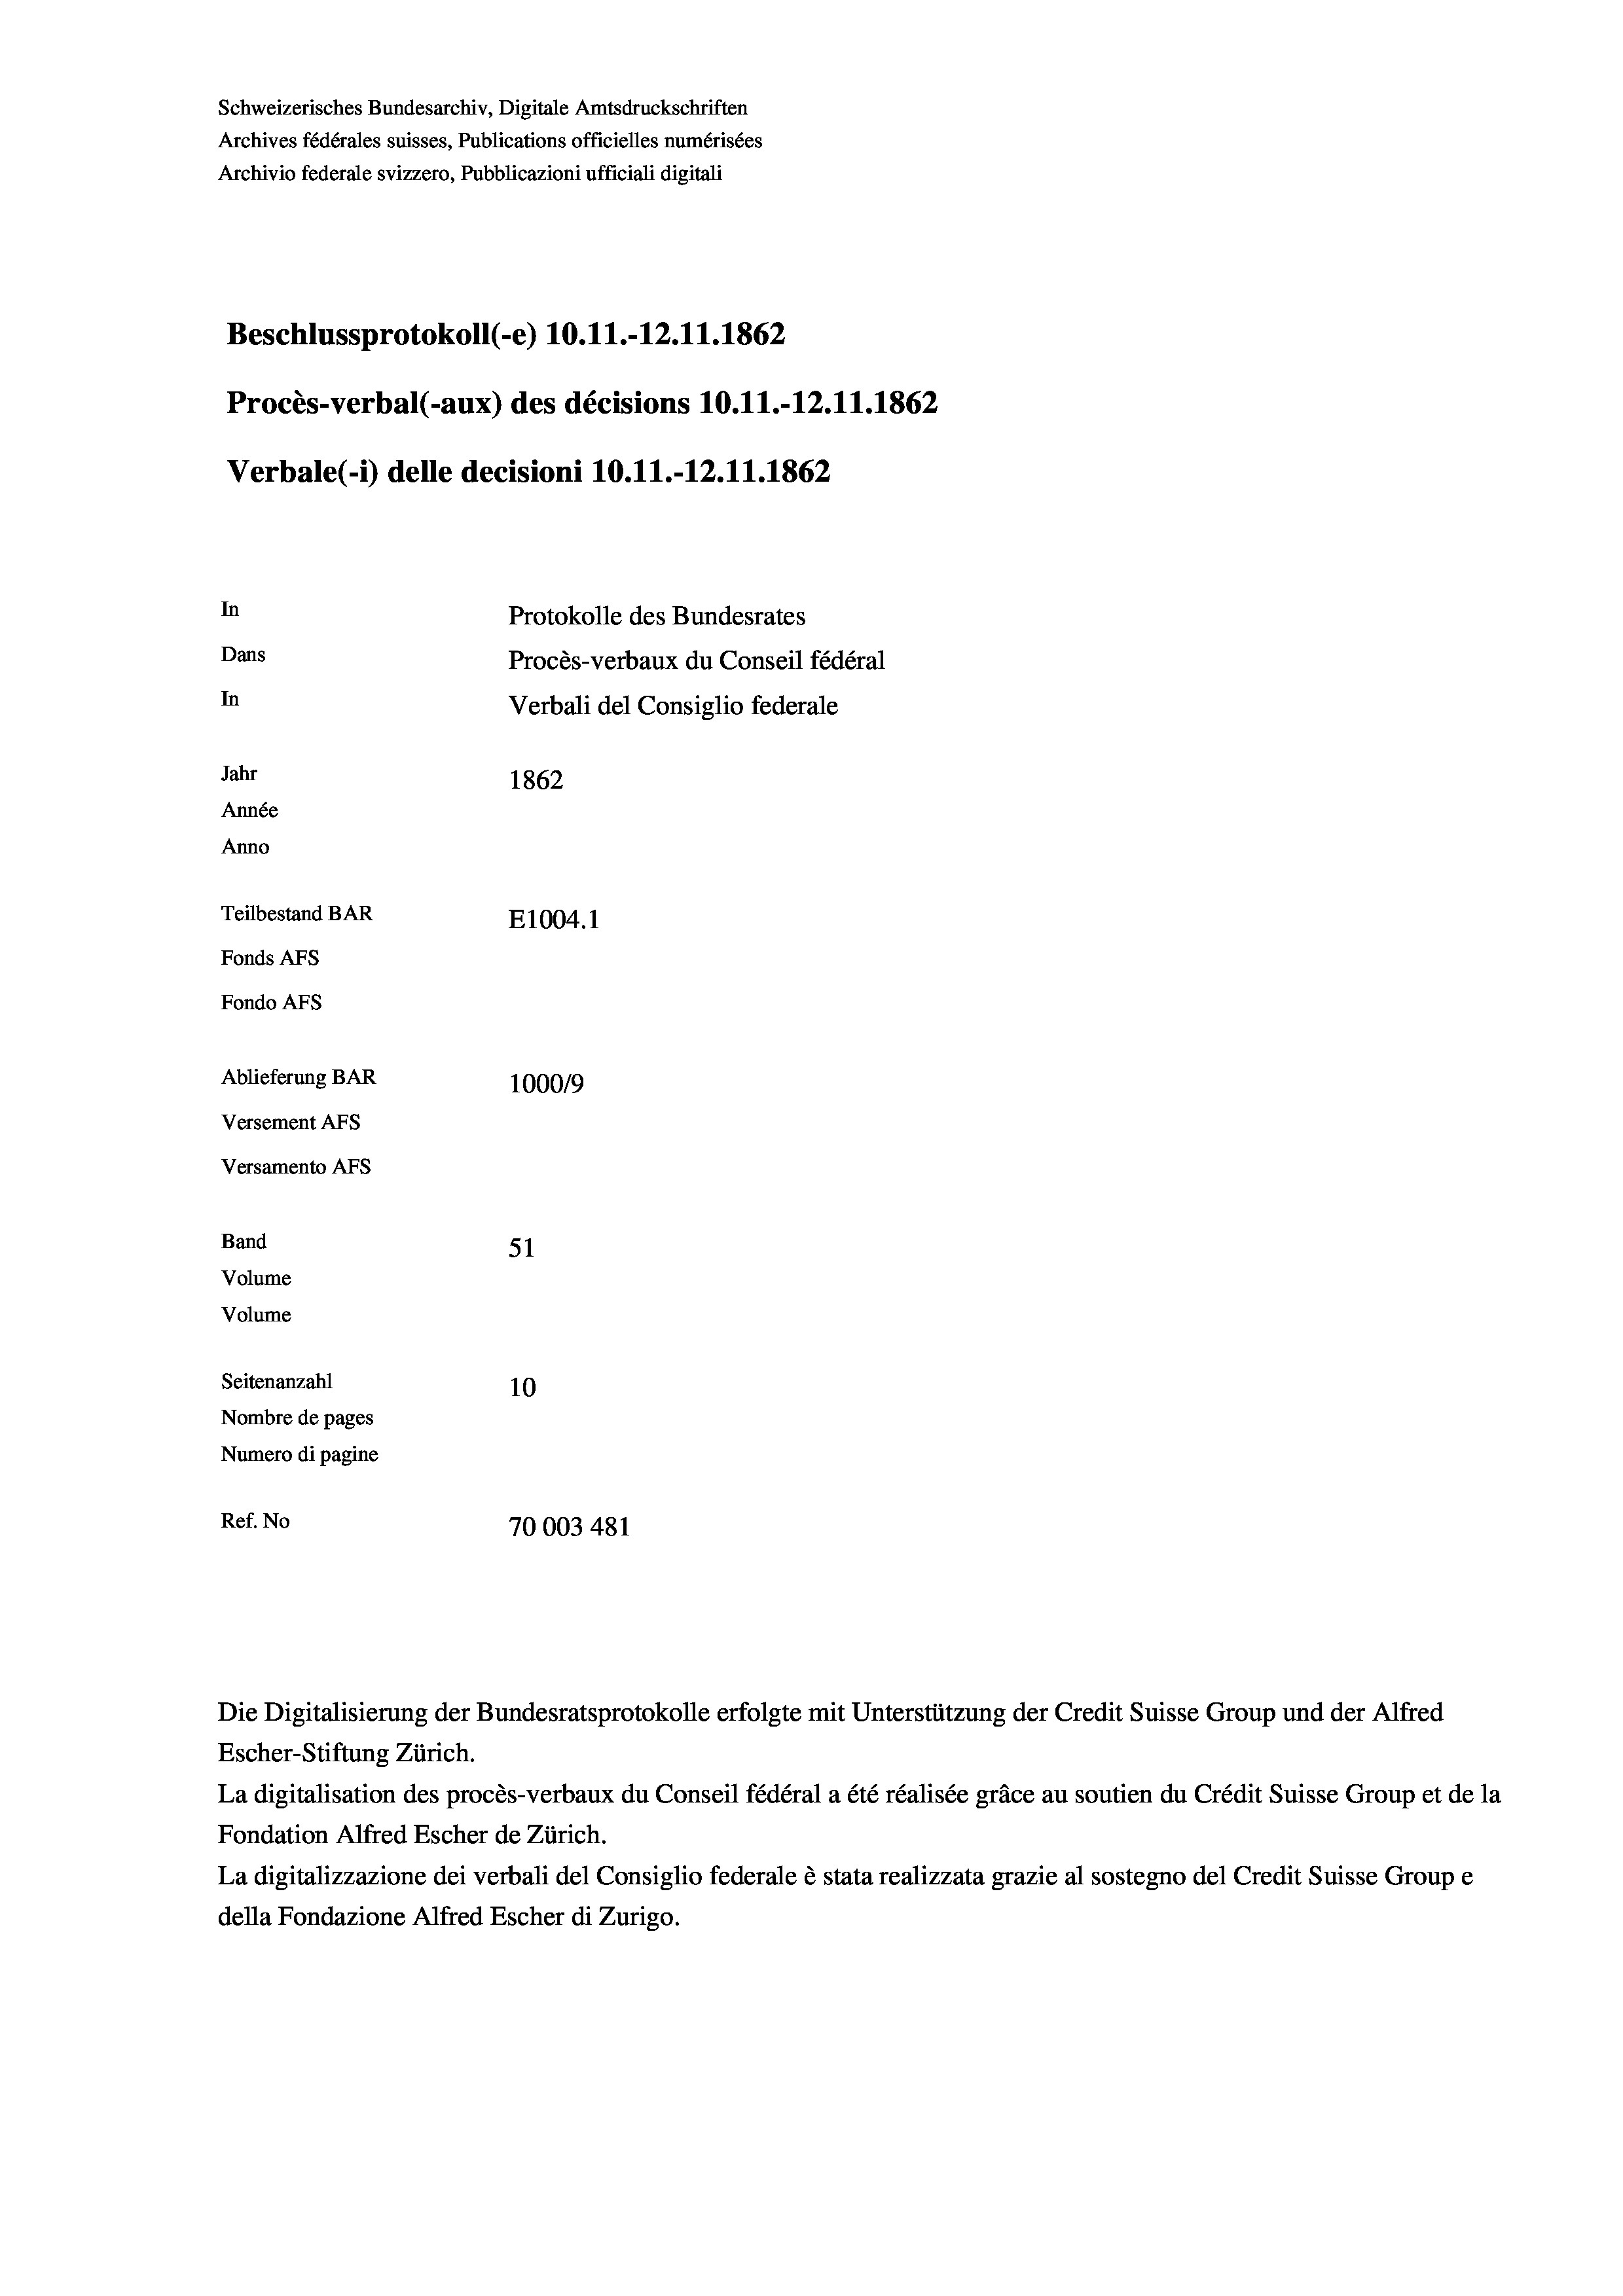
Schweizerisches Bundesarchiv, Digitale Amtsdruckschriften
Archives fédérales suisses, Publications officielles numérisées
Archivio federale svizzero, Pubblicazioni ufficiali digitali
Beschlussprotokoll (-e) 10.11.-12.11.1862
Procès-verbal (-aux) des décisions 10.11.-12.11.1862
Verbale(-*) delle decisioni 10.11.-12.11.1862
In
Protokolle des Bundesrates
Dans
Procès-verbaux du Conseil fédéral
In
Verbali del Consiglio federale
Jahr
1862
Année
Anno
Teilbestand BAR
E1004. 1
Fonds Afs
Fondo Afs
Ablieferung BAR
100019
Versement Ans
Versamento Afs
Band
51
Volume
Volume
Seitenanzahl
10
Nombre de pages
Numero di pagine
Ref. No
70003 481

Escher-Stiftung Zürich.
La digitalisation des procès-verbaux du Conseil fédéral a été réalisée gräce au soutien du Crédit Suisse Group et de la
Fondation Alfred Escher de Zürich.
La digitalizzazione dei verbali del Consiglio federale è stata realizzata grazie al sostegno del Credit Suisse Groupe
della Fondazione Alfred Escher di Zurigo.

Die Digitalisierung der Bundesratsprotokolle erfolgte mit Unterstützung der Credit Suisse Group und der Alfred